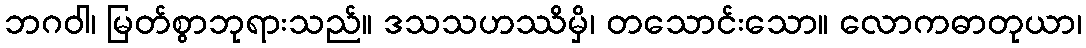
ဘဂဝါ၊ မြတ်စွာဘုရားသည်။ ဒသသဟဿိမှိ၊ တသောင်းသော။ လောကဓာတုယာ၊